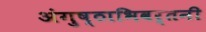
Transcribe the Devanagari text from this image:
अंगुष्ठाभिवर्तनी